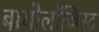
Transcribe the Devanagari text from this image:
बायोलॉजिस्ट